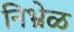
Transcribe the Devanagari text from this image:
निभ्रेळ